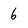
Character: b